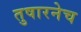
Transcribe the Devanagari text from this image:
तुषारनेच